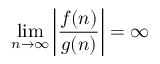
\operatorname* { l i m } _ { n \to \infty } \left| { \frac { f ( n ) } { g ( n ) } } \right| = \infty